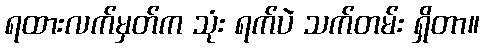
ရထားလက်မှတ်က သုံး ရက်ပဲ သက်တမ်း ရှိတာ။